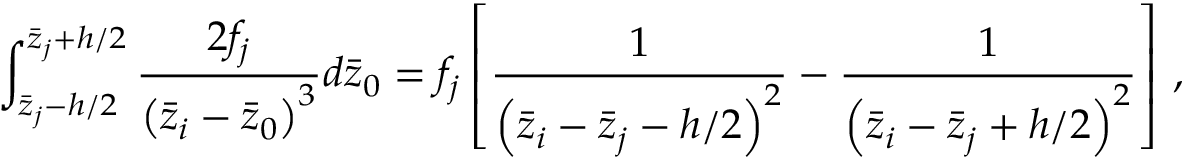
\int _ { \bar { z } _ { j } - h / 2 } ^ { \bar { z } _ { j } + h / 2 } \frac { 2 f _ { j } } { \left( \bar { z } _ { i } - \bar { z } _ { 0 } \right) ^ { 3 } } d \bar { z } _ { 0 } = f _ { j } \left[ \frac { 1 } { \left( \bar { z } _ { i } - \bar { z } _ { j } - h / 2 \right) ^ { 2 } } - \frac { 1 } { \left( \bar { z } _ { i } - \bar { z } _ { j } + h / 2 \right) ^ { 2 } } \right] \, ,